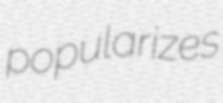
popularizes